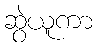
ဆွဲယူကာ